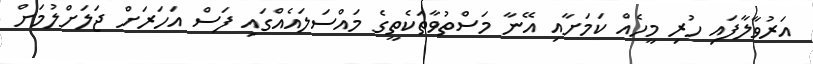
އަރުވާލާފައި ހުރި މީހެއް ކަމަށާއި އޭނާ މަސްތުވާތަކެތީގެ މައްސަލައެއްގައި ފަސް އަހަރަށް ޖަލަށްލުމަށް